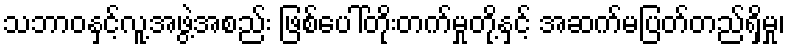
သဘာဝနှင့်လူ့အဖွဲ့အစည်း ဖြစ်ပေါ်တိုးတက်မှုတို့နှင့် အဆက်မပြတ်တည်ရှိမှု၊